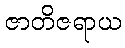
ဇာတိဇရာယ